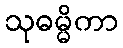
သုဓမ္မိကာ